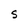
Character: S